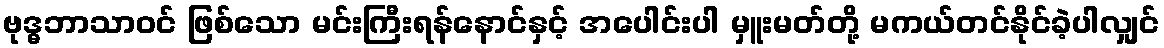
ဗုဒ္ဓဘာသာဝင် ဖြစ်သော မင်းကြီးရန်နောင်နှင့် အပေါင်းပါ မှူးမတ်တို့ မကယ်တင်နိုင်ခဲ့ပါလျှင်